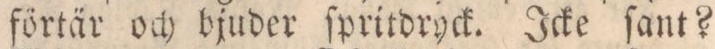
förtär och bjuder ſpritdryck. Icke ſant?